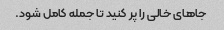
جاهای خالی را پر کنید تا جمله کامل شود.